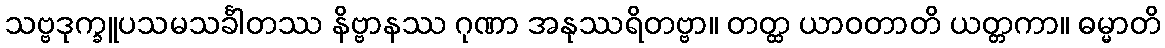
သဗ္ဗဒုက္ခူပသမသင်္ခါတဿ နိဗ္ဗာနဿ ဂုဏာ အနုဿရိတဗ္ဗာ။ တတ္ထ ယာဝတာတိ ယတ္တကာ။ ဓမ္မာတိ